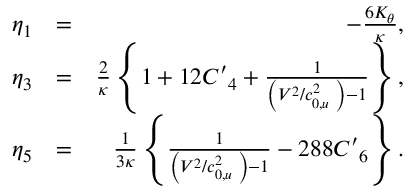
\begin{array} { r l r } { { { \eta } _ { 1 } } } & { = } & { - \frac { 6 { { K } _ { \theta } } } { \kappa } , } \\ { { { \eta } _ { 3 } } } & { = } & { \frac { 2 } { \kappa } \left\{ 1 + 1 2 { { { { C } ^ { \prime } } } _ { 4 } } + \frac { 1 } { \left( { { { V } ^ { 2 } } } / { c _ { 0 , u } ^ { 2 } } \; \right) - 1 } \right\} , } \\ { { { \eta } _ { 5 } } } & { = } & { \frac { 1 } { 3 \kappa } \left\{ \frac { 1 } { \left( { { { V } ^ { 2 } } } / { c _ { 0 , u } ^ { 2 } } \; \right) - 1 } - 2 8 8 { { { { C } ^ { \prime } } } _ { 6 } } \right\} . } \end{array}